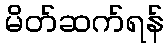
မိတ်ဆက်ရန်